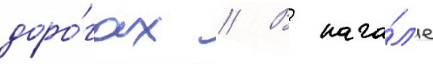
доро́гах // В нача́л'е